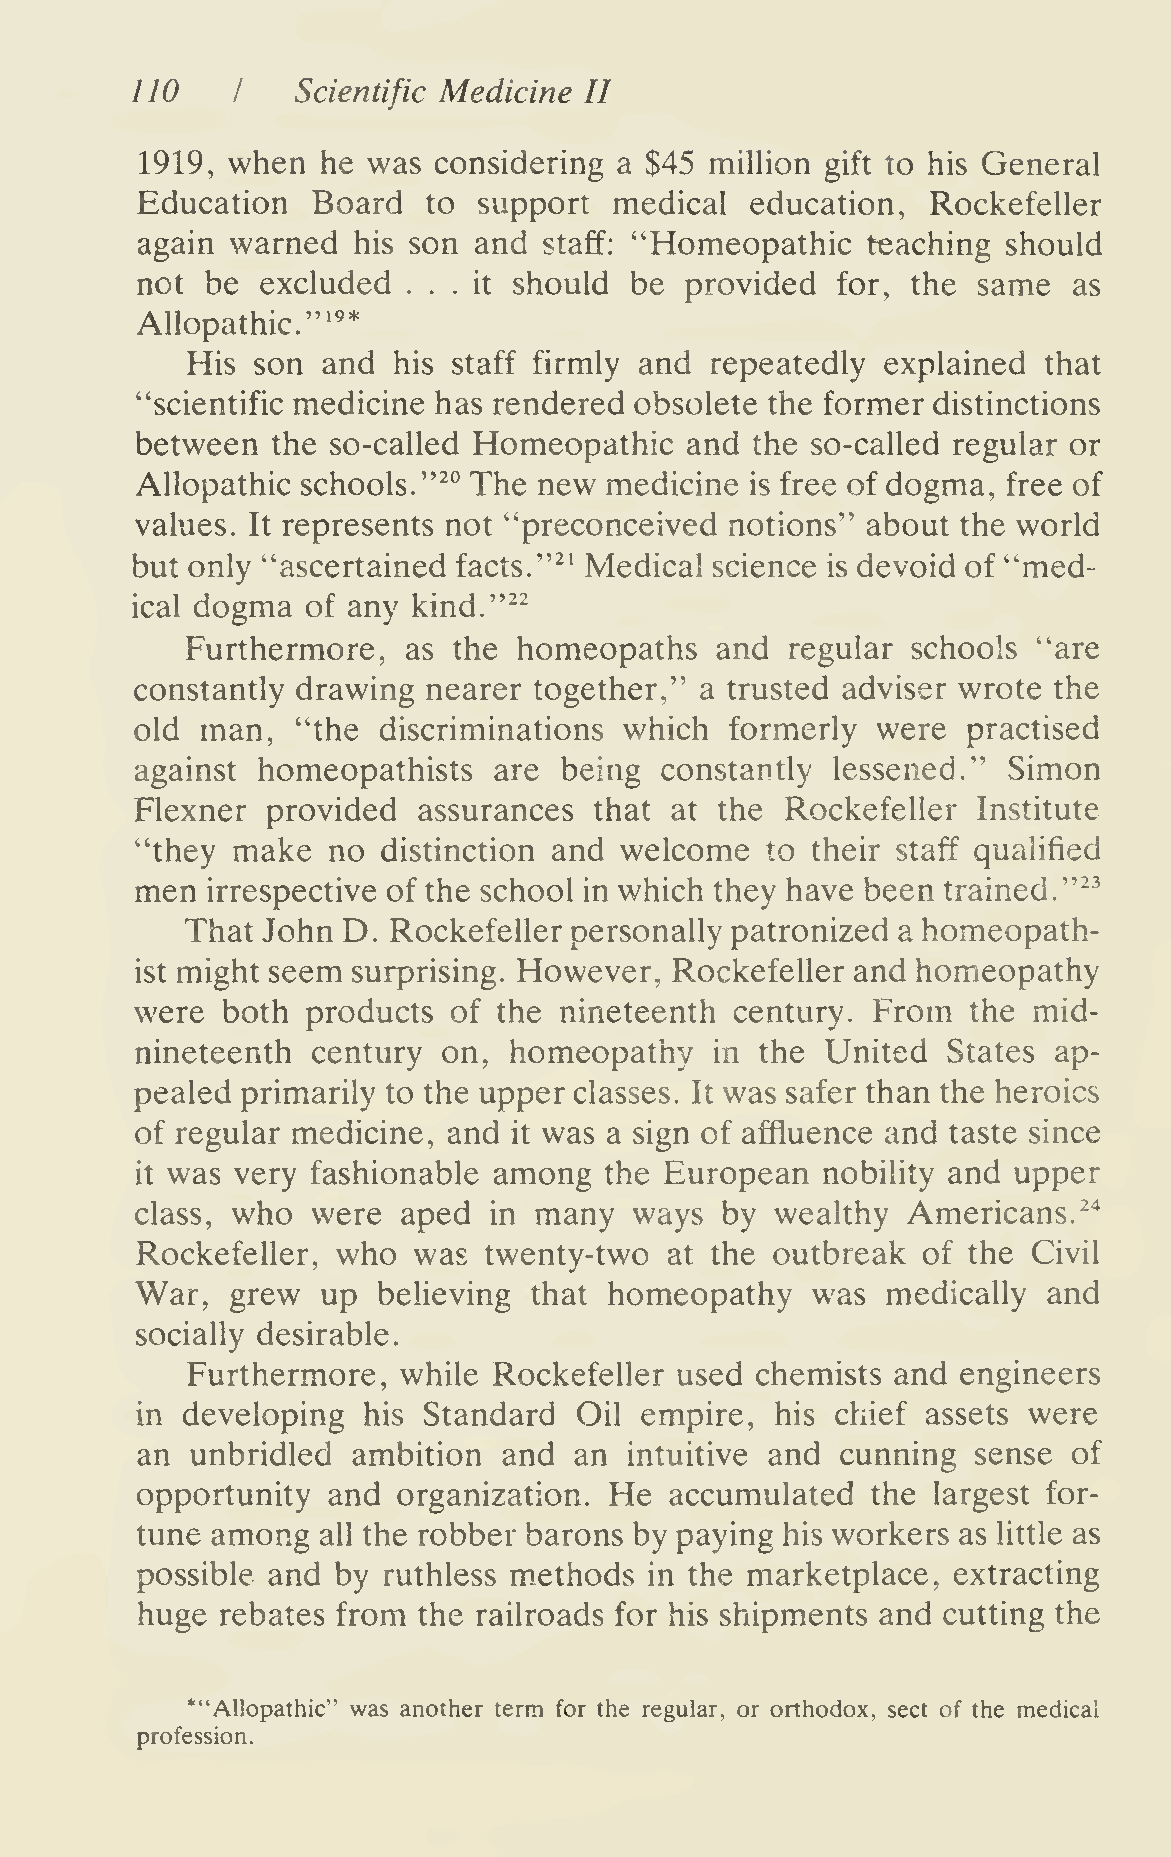
no
 I    Scientific Medicine II
 1919, when  he was  considering a $45 milHon  gift to his General
 Education   Board  to  support  medical  education,  Rockefeller
 again warned  his son and  staff: "Homeopathic  teaching  should
 not  be excluded  ... it should  be provided  for, the  same  as
 "•^*
 Allopathic.
 His  son and  his staff firmly and repeatedly  explained that
 "scientific medicine has rendered obsolete the former distinctions
 between  the so-called Homeopathic  and  the so-called regular or
 Allopathic schools."^'^ The new medicine is free of dogma, free of
 values. It represents not "preconceived notions" about the world
 but only "ascertained facts. "^^ Medical science is devoid of "med-
 ical dogma of any kind."^^
 Furthermore,   as the homeopaths   and  regular schools  "are
 constantly drawing nearer together," a trusted adviser wrote the
 old man,   "the discriminations which  formerly  were  practised
 against homeopathists   are being  constantly lessened."  Simon
 Flexner  provided  assurances that at  the Rockefeller  Institute
 "they make   no distinction and welcome   to their staff qualified
 men  irrespective of the school in which they have been trained. "^^
 That John  D. Rockefeller personally patronized a homeopath-
 ist might seem surprising. However, Rockefeller and homeopathy
 were  both products  of the nineteenth  century. From  the mid-
 nineteenth  century on,  homeopathy   in the  United  States ap-
 pealed primarily to the upper classes. It was safer than the heroics
 of regular medicine, and it was a sign of affluence and taste since
 was  very fashionable among  the European  nobility and upper
 it
 class, who  were  aped in many   ways  by wealthy  Americans.^"^
 Rockefeller, who  was  twenty-two  at the outbreak  of the Civil
 War,  grew  up  believing that homeopathy    was  medically and
 socially desirable.
 Furthermore,  while  Rockefeller used chemists and  engineers
 in developing  his Standard  Oil empire,  his chief assets were
 an  unbridled ambition  and  an  intuitive and cunning  sense of
 opportunity  and organization. He  accumulated   the largest for-
 tune among  all the robber barons by paying his workers as little as
 possible and by ruthless methods  in the marketplace, extracting
 huge  rebates from the railroads for his shipments and cutting the
 *"Allopathic" was another term for the regular, or orthodox, sect of the medical
 profession.